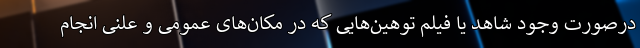
درصورت وجود شاهد یا فیلم توهین‌هایی که در مکان‌های عمومی و علنی انجام